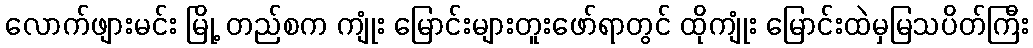
လောက်ဖျားမင်း မြို့ တည်စက ကျုံး မြောင်းများတူးဖော်ရာတွင် ထိုကျုံး မြောင်းထဲမှမြသပိတ်ကြီး